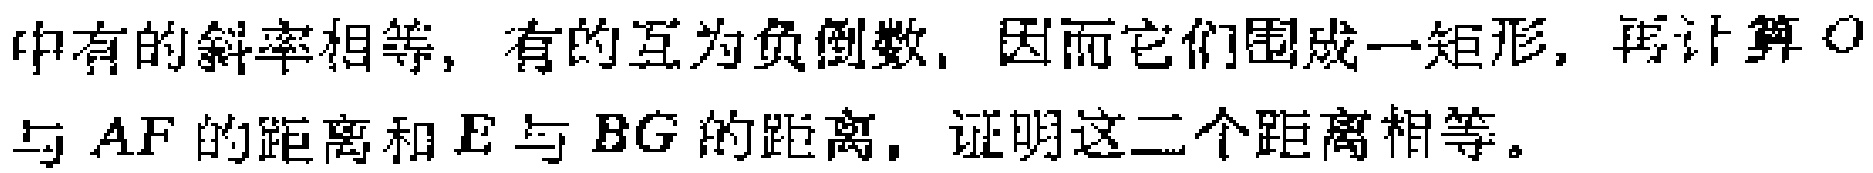
中有的斜率相等，有的互为负倒数，因而它们围成一矩形，再计算\(O\)与\(AF\)的距离和\(E\)与\(BG\)的距离，证明这二个距离相等。